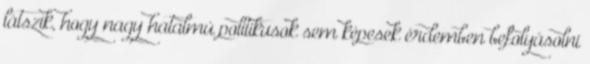
látszik, hogy nagy hatalmú politikusok sem képesek érdemben befolyásolni